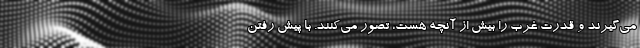
می‌گیرند و قدرت غرب را بیش از آنچه هست، تصور می‌کنند. با پیش رفتن